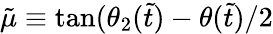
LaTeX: \tilde{\mu}\equiv\mathrm{tan}(\theta_{2}(\tilde{t})-\theta(\tilde{t})/2